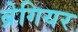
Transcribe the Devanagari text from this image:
ब्रेगियर